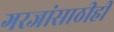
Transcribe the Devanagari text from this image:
गरजांसाठीही